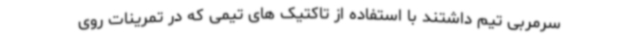
سرمربی تیم داشتند با استفاده از تاکتیک های تیمی که در تمرینات روی